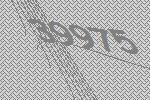
39975